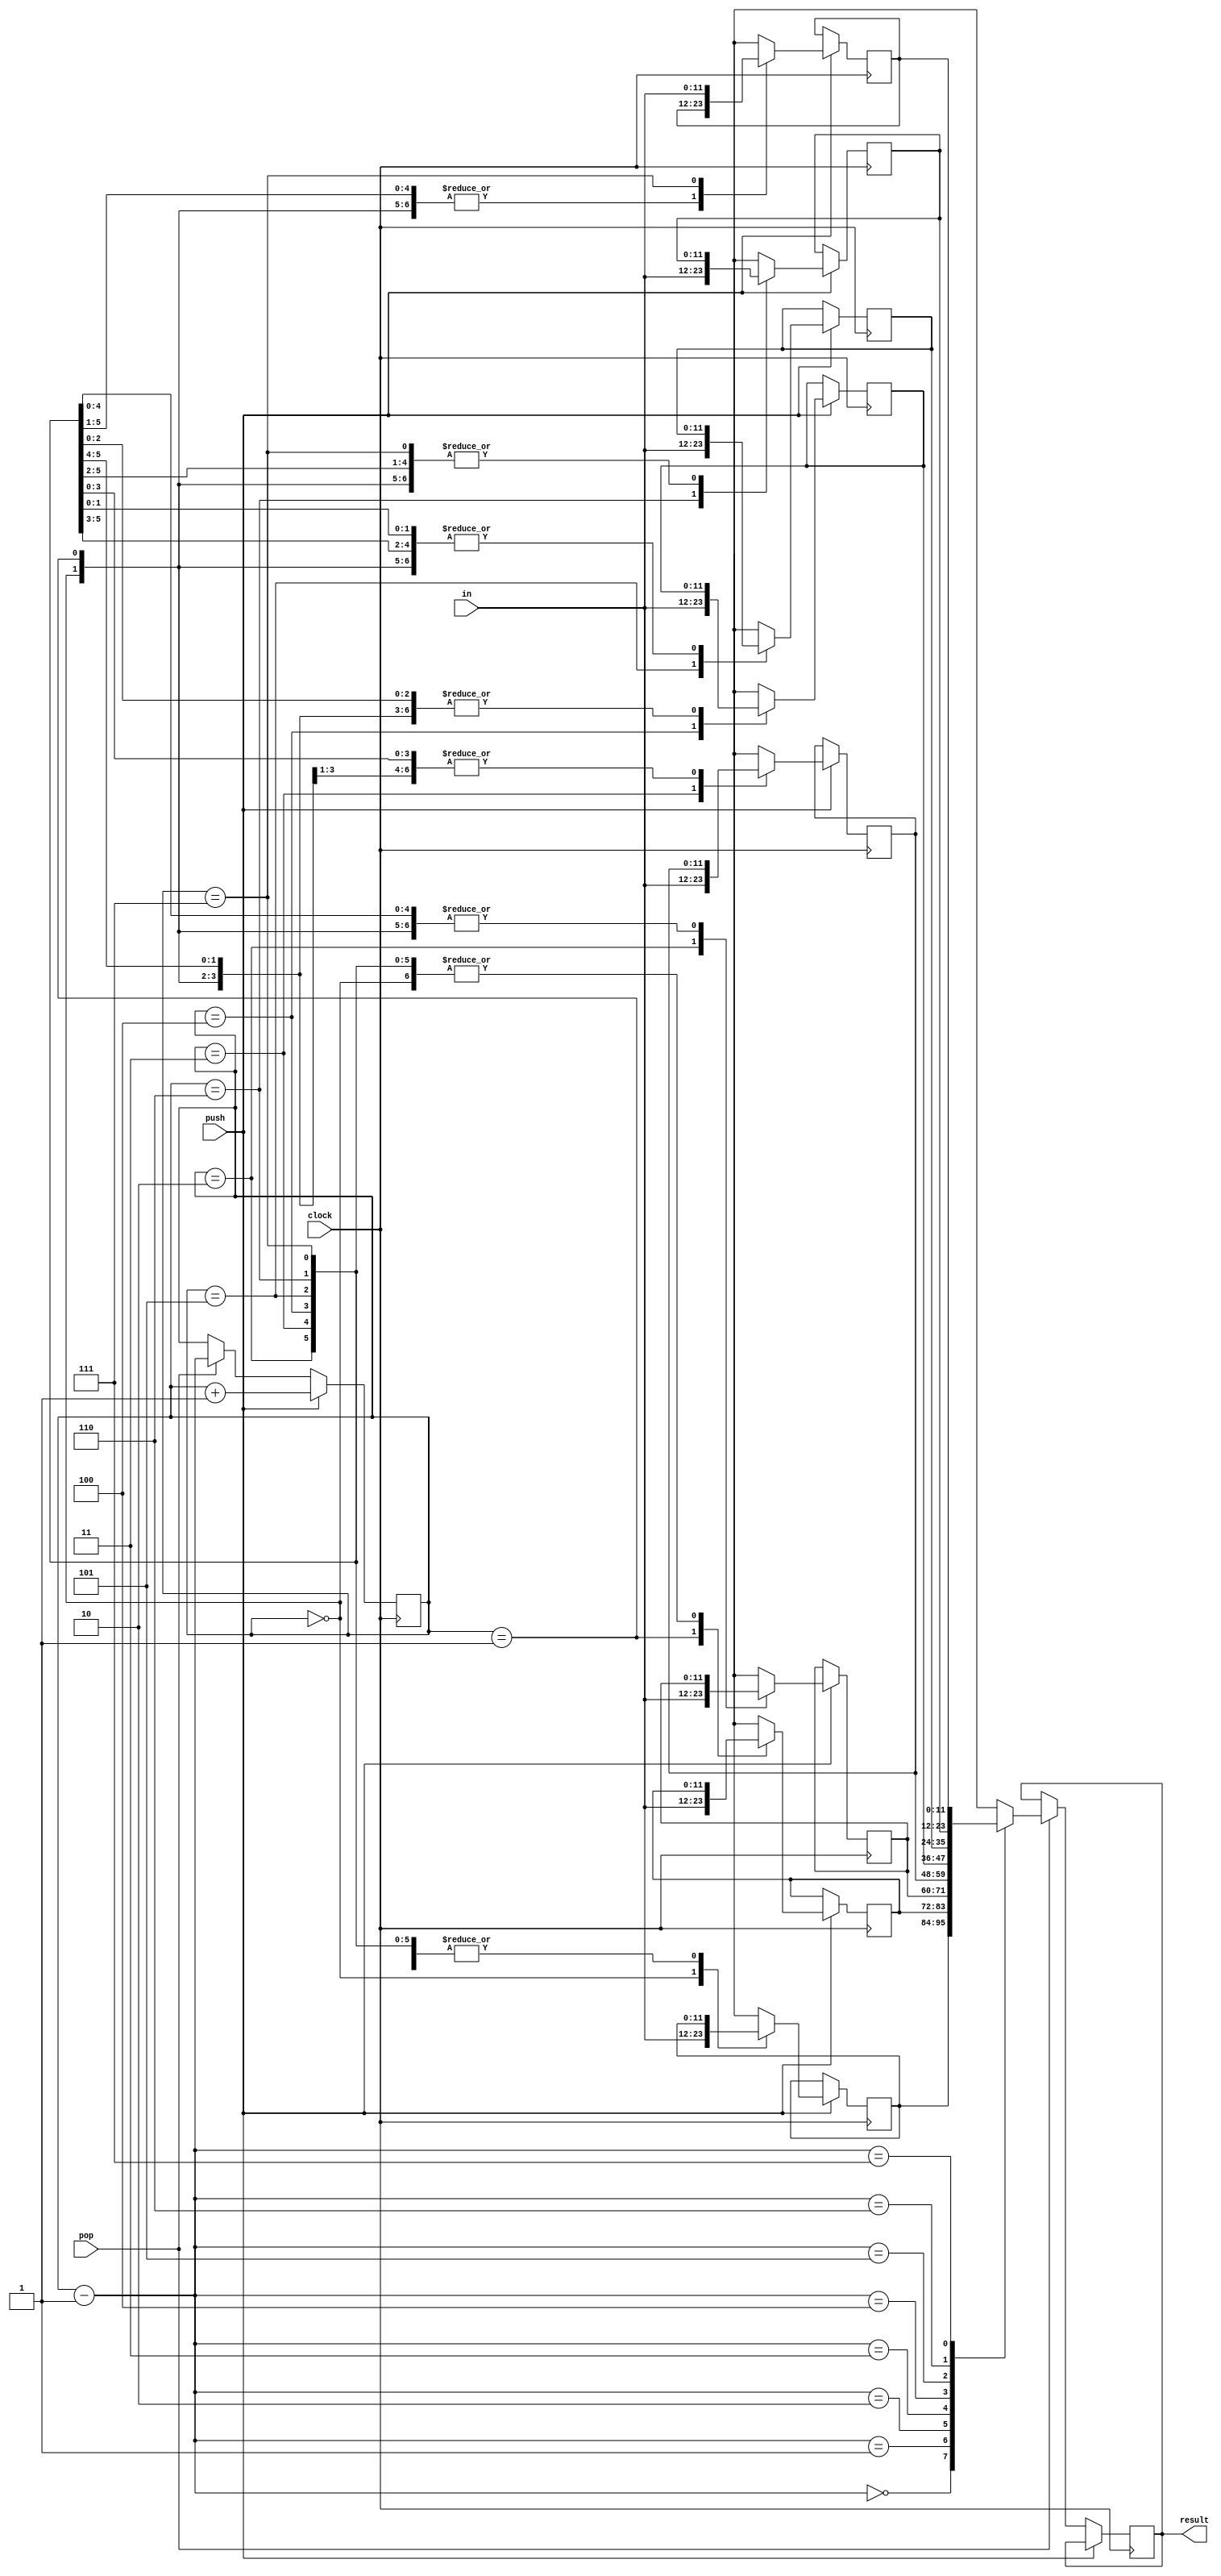
module stack  (clock, push, pop, result, in);
    input push, pop, clock;
    input [11:0] in;
    output reg [11:0] result;

    reg [11:0] registers [7:0];
    reg [2:0]top = 0;
    always @(posedge clock)begin
	    if(push)begin
	    	registers[top] = in;
	    	top = top + 1;
	    end
	    else if (pop) begin
	    	result <= registers[top - 1];
	    	top = top - 1;
	    end
	end
endmodule